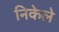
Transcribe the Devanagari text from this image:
निकेले